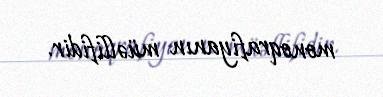
monoqrafiyanın müəllifidir.